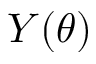
Y ( \theta )